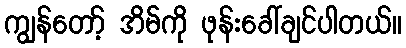
ကျွန်တော့် အိမ်ကို ဖုန်းခေါ်ချင်ပါတယ်။